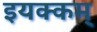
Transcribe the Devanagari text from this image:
इयक्कम्